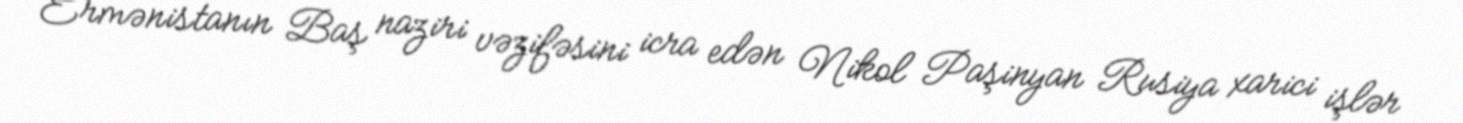
Ermənistanın Baş naziri vəzifəsini icra edən Nikol Paşinyan Rusiya xarici işlər